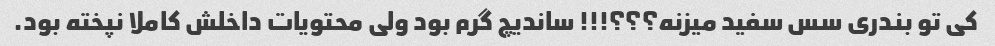
کی تو بندری سس سفید میزنه؟؟؟!!! ساندیچ گرم بود ولی محتویات داخلش کاملا نپخته بود.